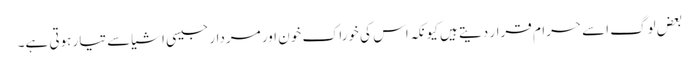
بعض لوگ اسے حرام قرار دیتے ہیں کیونکہ اس کی خوراک خون اور مردار جیسی اشیاسے تیار ہوتی ہے۔